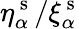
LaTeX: \eta_{\alpha}^{\mathrm{~s~}}/\xi_{\alpha}^{\mathrm{~s~}}